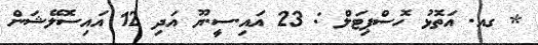
* ގއ. އަތޮޅު ހޮސްޕިޓަލް : 23 އައި.ސީ.ޔޫ އަދި 12 އައިސޮލޭޝަން